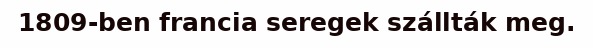
1809-ben francia seregek szállták meg.